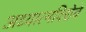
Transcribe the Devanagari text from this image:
अध्यात्मविद्येचे